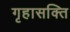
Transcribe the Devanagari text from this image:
गृहासक्ति